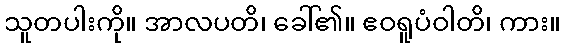
သူတပါးကို။ အာလပတိ၊ ခေါ်၏။ ဧဝရူပံဝါတိ၊ ကား။